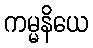
ကမ္မနိယေ